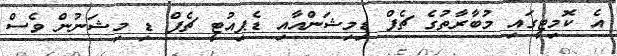
އެ ކޮމިޓީގައި މުބާރާތުގެ ޗެފް ޑިމިޝަންއާއި ޑެޕިއުޓީ ޗެފް ޑި މިޝަނުން ވެސް